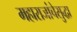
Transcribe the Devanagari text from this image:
महाराजांचेसुद्धा